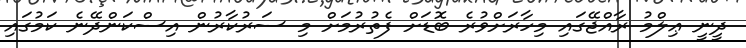
ދީނީ ޢިލްމު ރާއްޖޭގައި މިހާރަށްވުރެ ބޮޑަށް ފެތުރުމަށް މި ސަރުކާރުން އިސްކަންދޭނެ ކަމުގައި